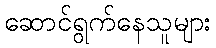
ဆောင်ရွက်နေသူများ